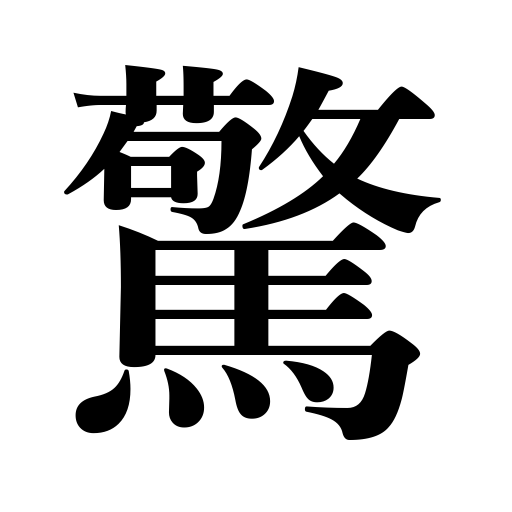
Meanings: frighten,be amazed,create a stir,be appalled,be frightened,be taken aback,be surprised,surprise